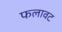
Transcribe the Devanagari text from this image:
फलावट